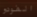
الفودو